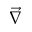
\vec { \nabla }